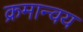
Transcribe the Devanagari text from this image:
क्रमान्वय